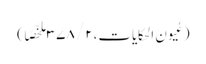
(عُیون الحکایات،۲/ ۳۷۸ ملخّصًا )